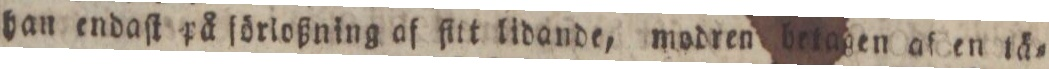
han endaſt på förloßning af fitt lidande, modren betagen af en lä=